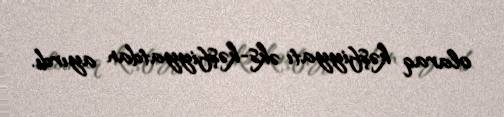
olaraq kəşfiyyatı əks-kəşfiyyatdan ayırdı.